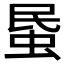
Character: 𧊈